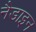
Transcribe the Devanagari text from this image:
नैडाइन